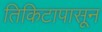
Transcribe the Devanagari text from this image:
तिकिटापासून